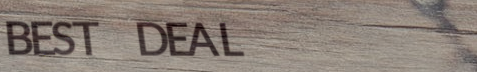
BEST DEAL